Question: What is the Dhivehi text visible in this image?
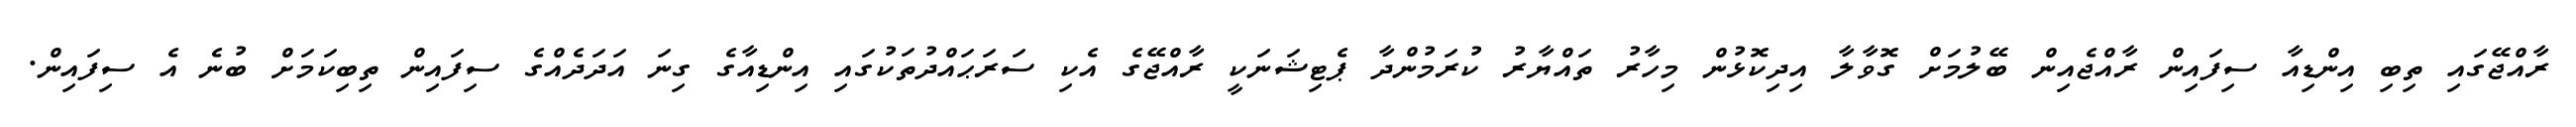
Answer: ރާއްޖޭގައި ތިބި އިންޑިއާ ސިފައިން ރާއްޖެއިން ބޭލުމަށް ގޮވާލާ އިދިކޮޅުން މިހާރު ތައްޔާރު ކުރަމުންދާ ޕެޓިޝަނަކީ ރާއްޖޭގެ އެކި ސަރަޙައްދުތަކުގައި އިންޑިއާގެ ގިނަ އަދަދެއްގެ ސިފައިން ތިބިކަމަށް ބުނެ އެ ސިފައިން.